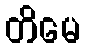
တိမေ